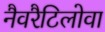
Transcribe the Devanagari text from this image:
नैवरैटिलोवा